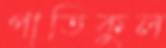
পাতিকুল